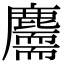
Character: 𪋣